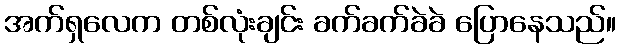
အက်ရှလေက တစ်လုံးချင်း ခက်ခက်ခဲခဲ ပြောနေသည်။